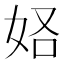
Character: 𫰚